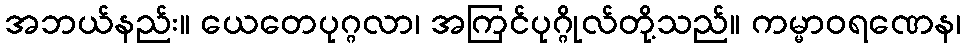
အဘယ်နည်း။ ယေတေပုဂ္ဂလာ၊ အကြင်ပုဂ္ဂိုလ်တို့သည်။ ကမ္မာဝရဏေန၊